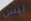
ليس